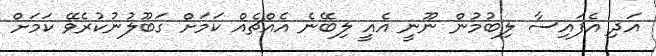
އަދި އެފައިސާ ލިބުމުން ނޫނީ އެއީ ލިބޭނެ އެއްޗެއްް ކަމަށް ގަބޫލުނުކުރެވޭ ކަަމަށް